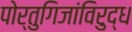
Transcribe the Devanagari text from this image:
पोर्तुगिजांविरुद्ध